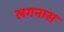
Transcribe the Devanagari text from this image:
लगनास